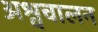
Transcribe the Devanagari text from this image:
अश्वचालन